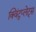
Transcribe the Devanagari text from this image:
क्विंटुप्लेट्स